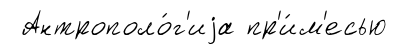
Антрополо́г'иjа пр'и́м'есью